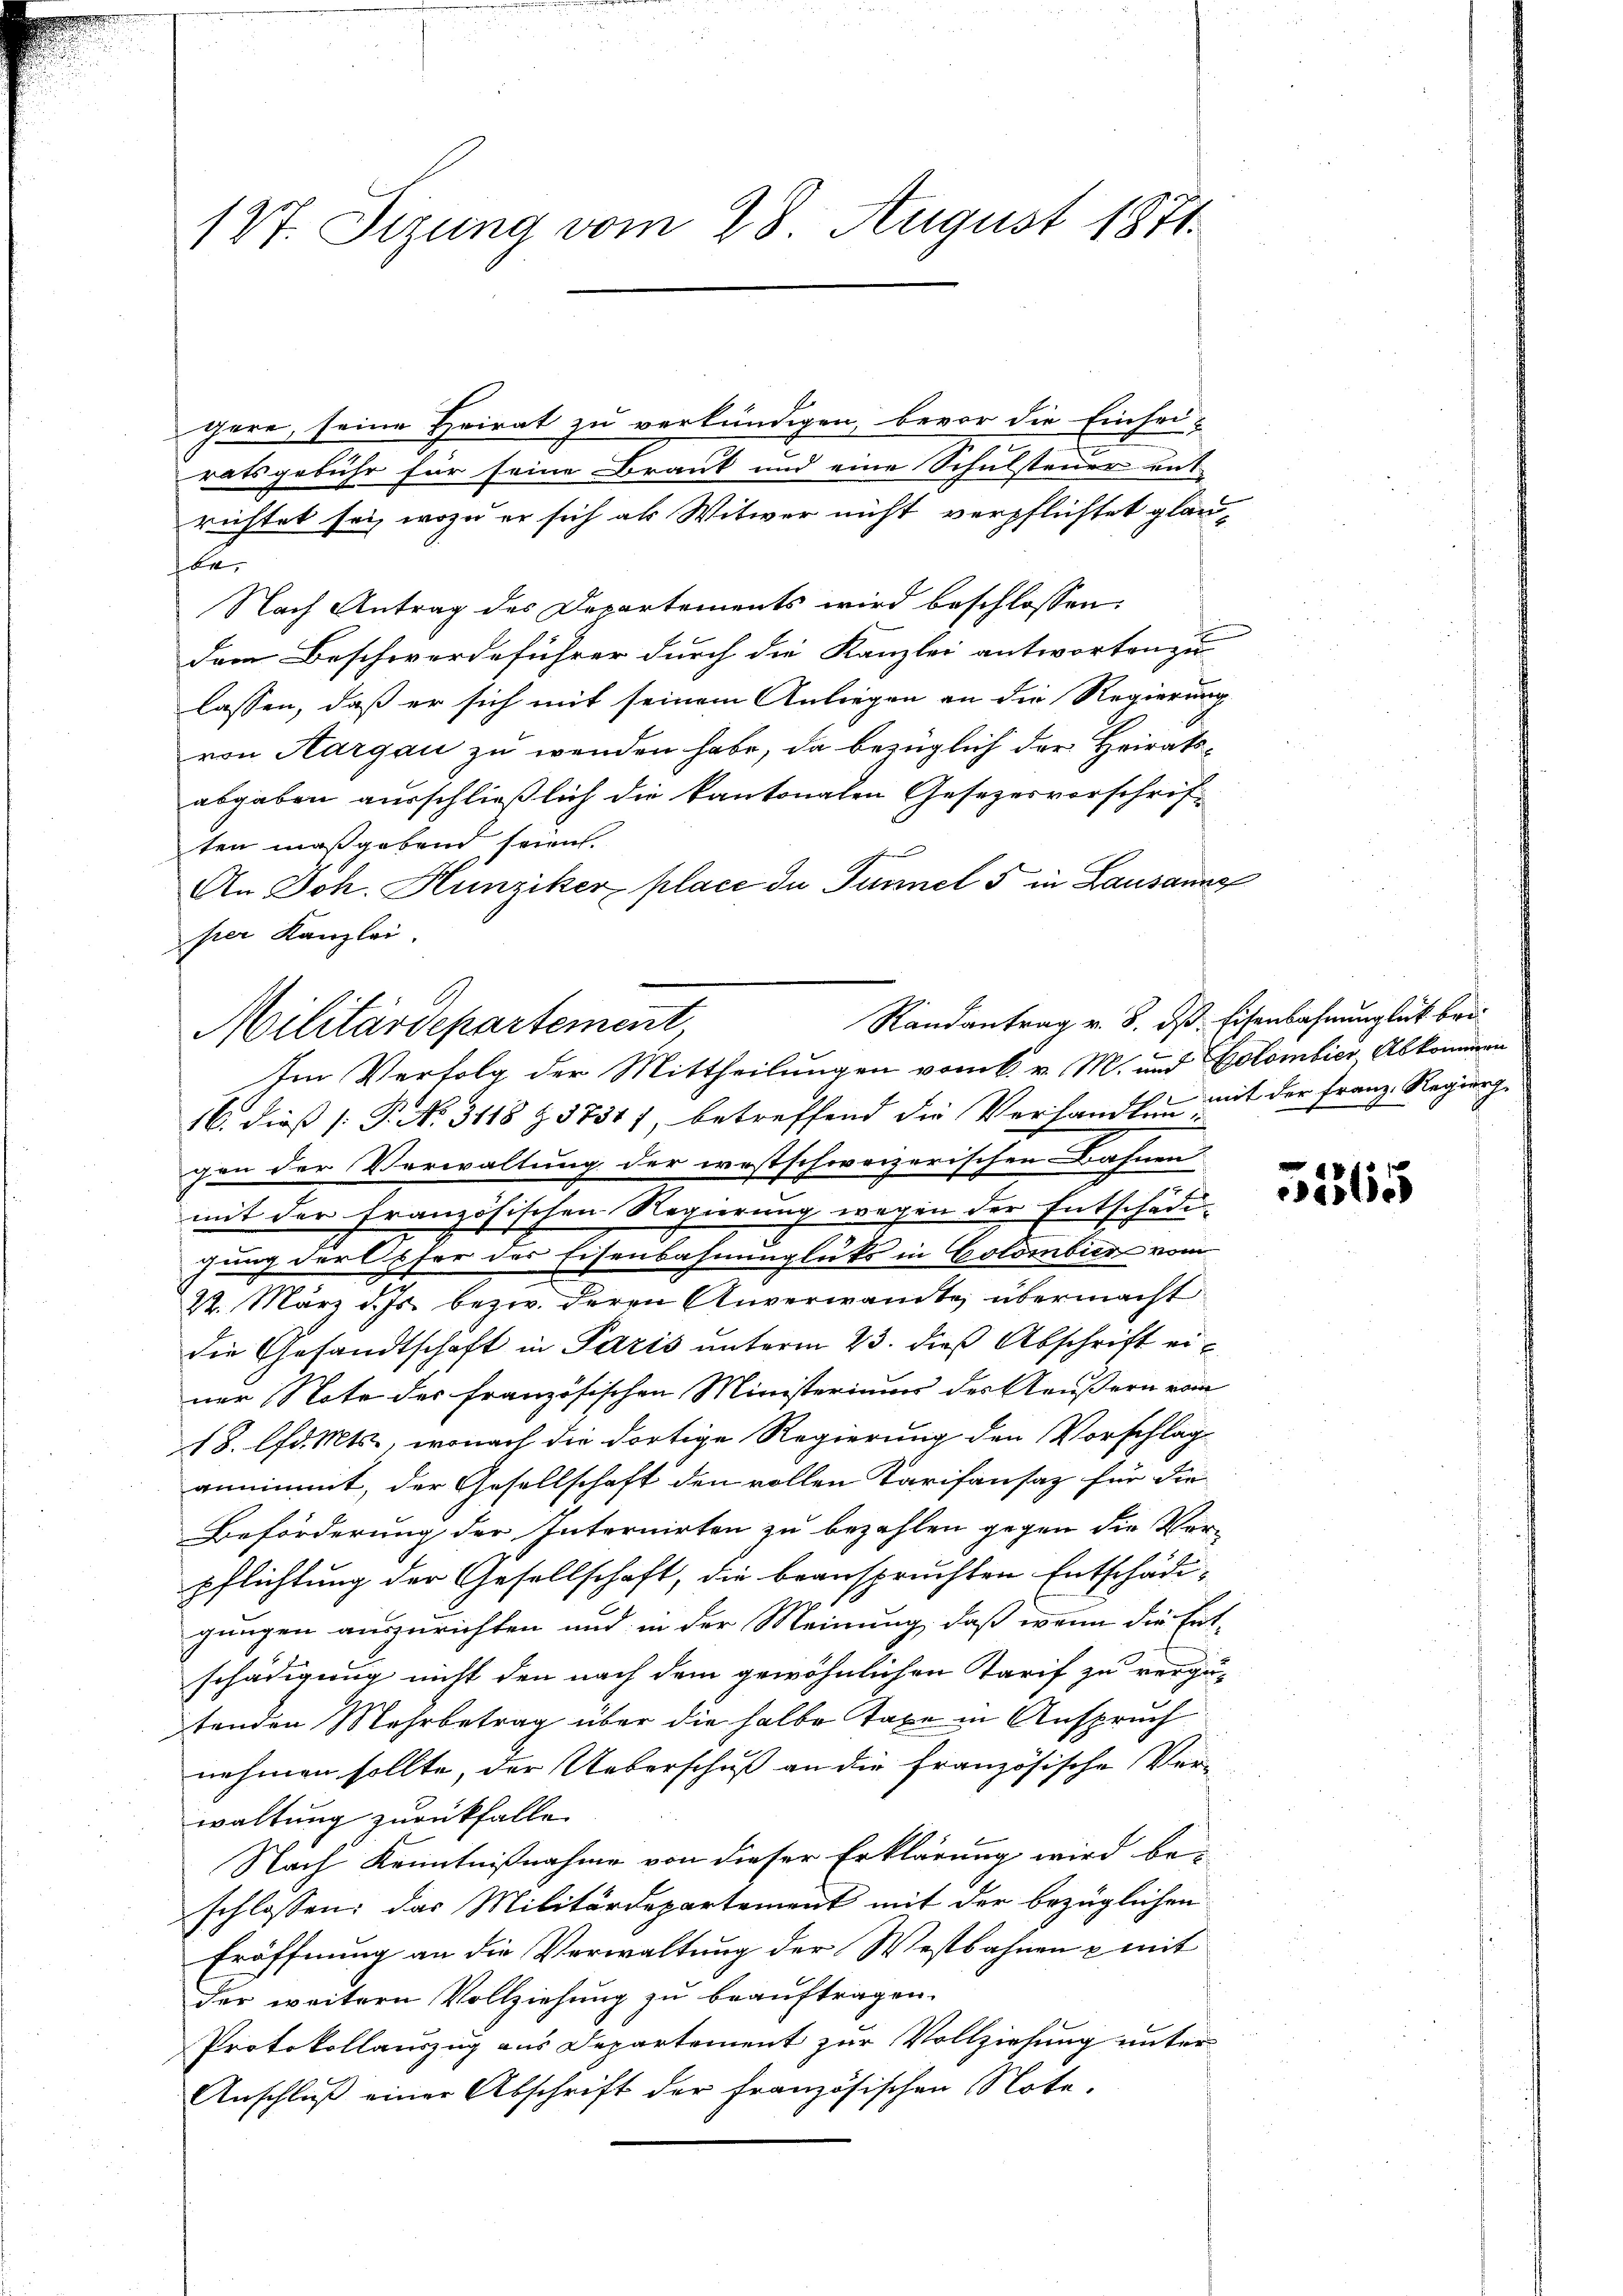
1 St. Sizung vom 28. August 1871.

gere, seine Heirat zu verkündigen, bevor die Einsei-
ratsgebühr für seine Braut und eine Schulsteuer ent
richtet sei, wozu er sich als Witwer nicht verpflichtet glaube.
Nach Antrag des Departements wird beschlossen:
dem Beschwerdeführer durch die Kanzlei antworten zu
lassen, daß er sich mit seinem Anliegen an die Regierung
von Aargau zu wenden habe, da bezüglich der Heiratsabgaben ausschließlich die kantonalen Gesezesvorschrif-
ten maßgebend seien.
An Joh. Hunziker place du Tunnel 5 in Lausanne
pier Kanzlei.

Randantrag v. 8. ds Eisenbahnunglück bei
Militärdepartement,

Im Verfolg der Mittheilungen vom 6. v. M. und Colombier Abkommen
16. dieß P. N. 3118 § 37317, betreffend die Verhandlung mit der Franz Regierg
gen der Verwaltung der westschweizerischen Bahnen
mit der Französischen Regierung wegen der Entschädi-
gung ders für des Eisenbahnunglüks in Colombier vom
22. März d. Js. bezw. deren Anverwandte übermacht
die Gesandtschaft in Paris unterm 23. dieß Abschrift einer Note der französischen Ministeriums des Aeußern vom
18. lfd. Mts., wonach die dortige Regierung den Vorschlag
annimmt, der Gesellschaft den vollen Tarifansaz für die
Beförderung der Internirten zu bezahlen gegen die Vor-
pflichtung der Gesellschaft, die beanspruchten Entschädigungen auszurichten und in der Meinung, daß wenn die Ent-
schädigung nicht den nach dem gewöhnlichen Tarif zu vergütenden Mehrbetrag über die halbe Taxe in Anspruch
nehmen sollte, der Ueberschuß an die französische Ver-
waltung zurückfalle
Nach Kenntnißnahme von dieser Erklärung wird be-
schlossen; das Militärdepartement mit der bezüglichen
Eröffnung an die Verwaltung der Westbahnen & mit
der weitern Vollziehung zu beauftragen.
Protokollauszug aus Departement zur Vollziehung unter
Anschluß einer Abschrift der französischen Note-

5265